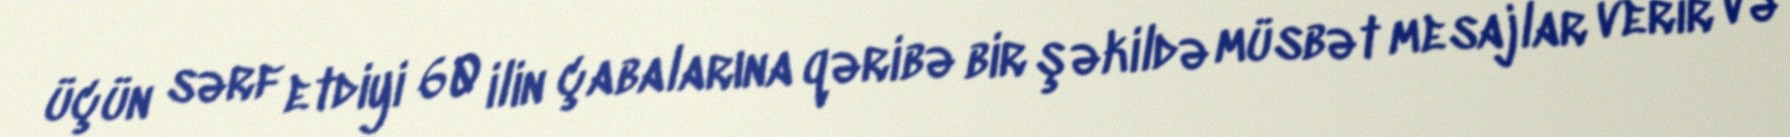
üçün sərf etdiyi 60 ilin çabalarına qəribə bir şəkildə müsbət mesajlar verir və